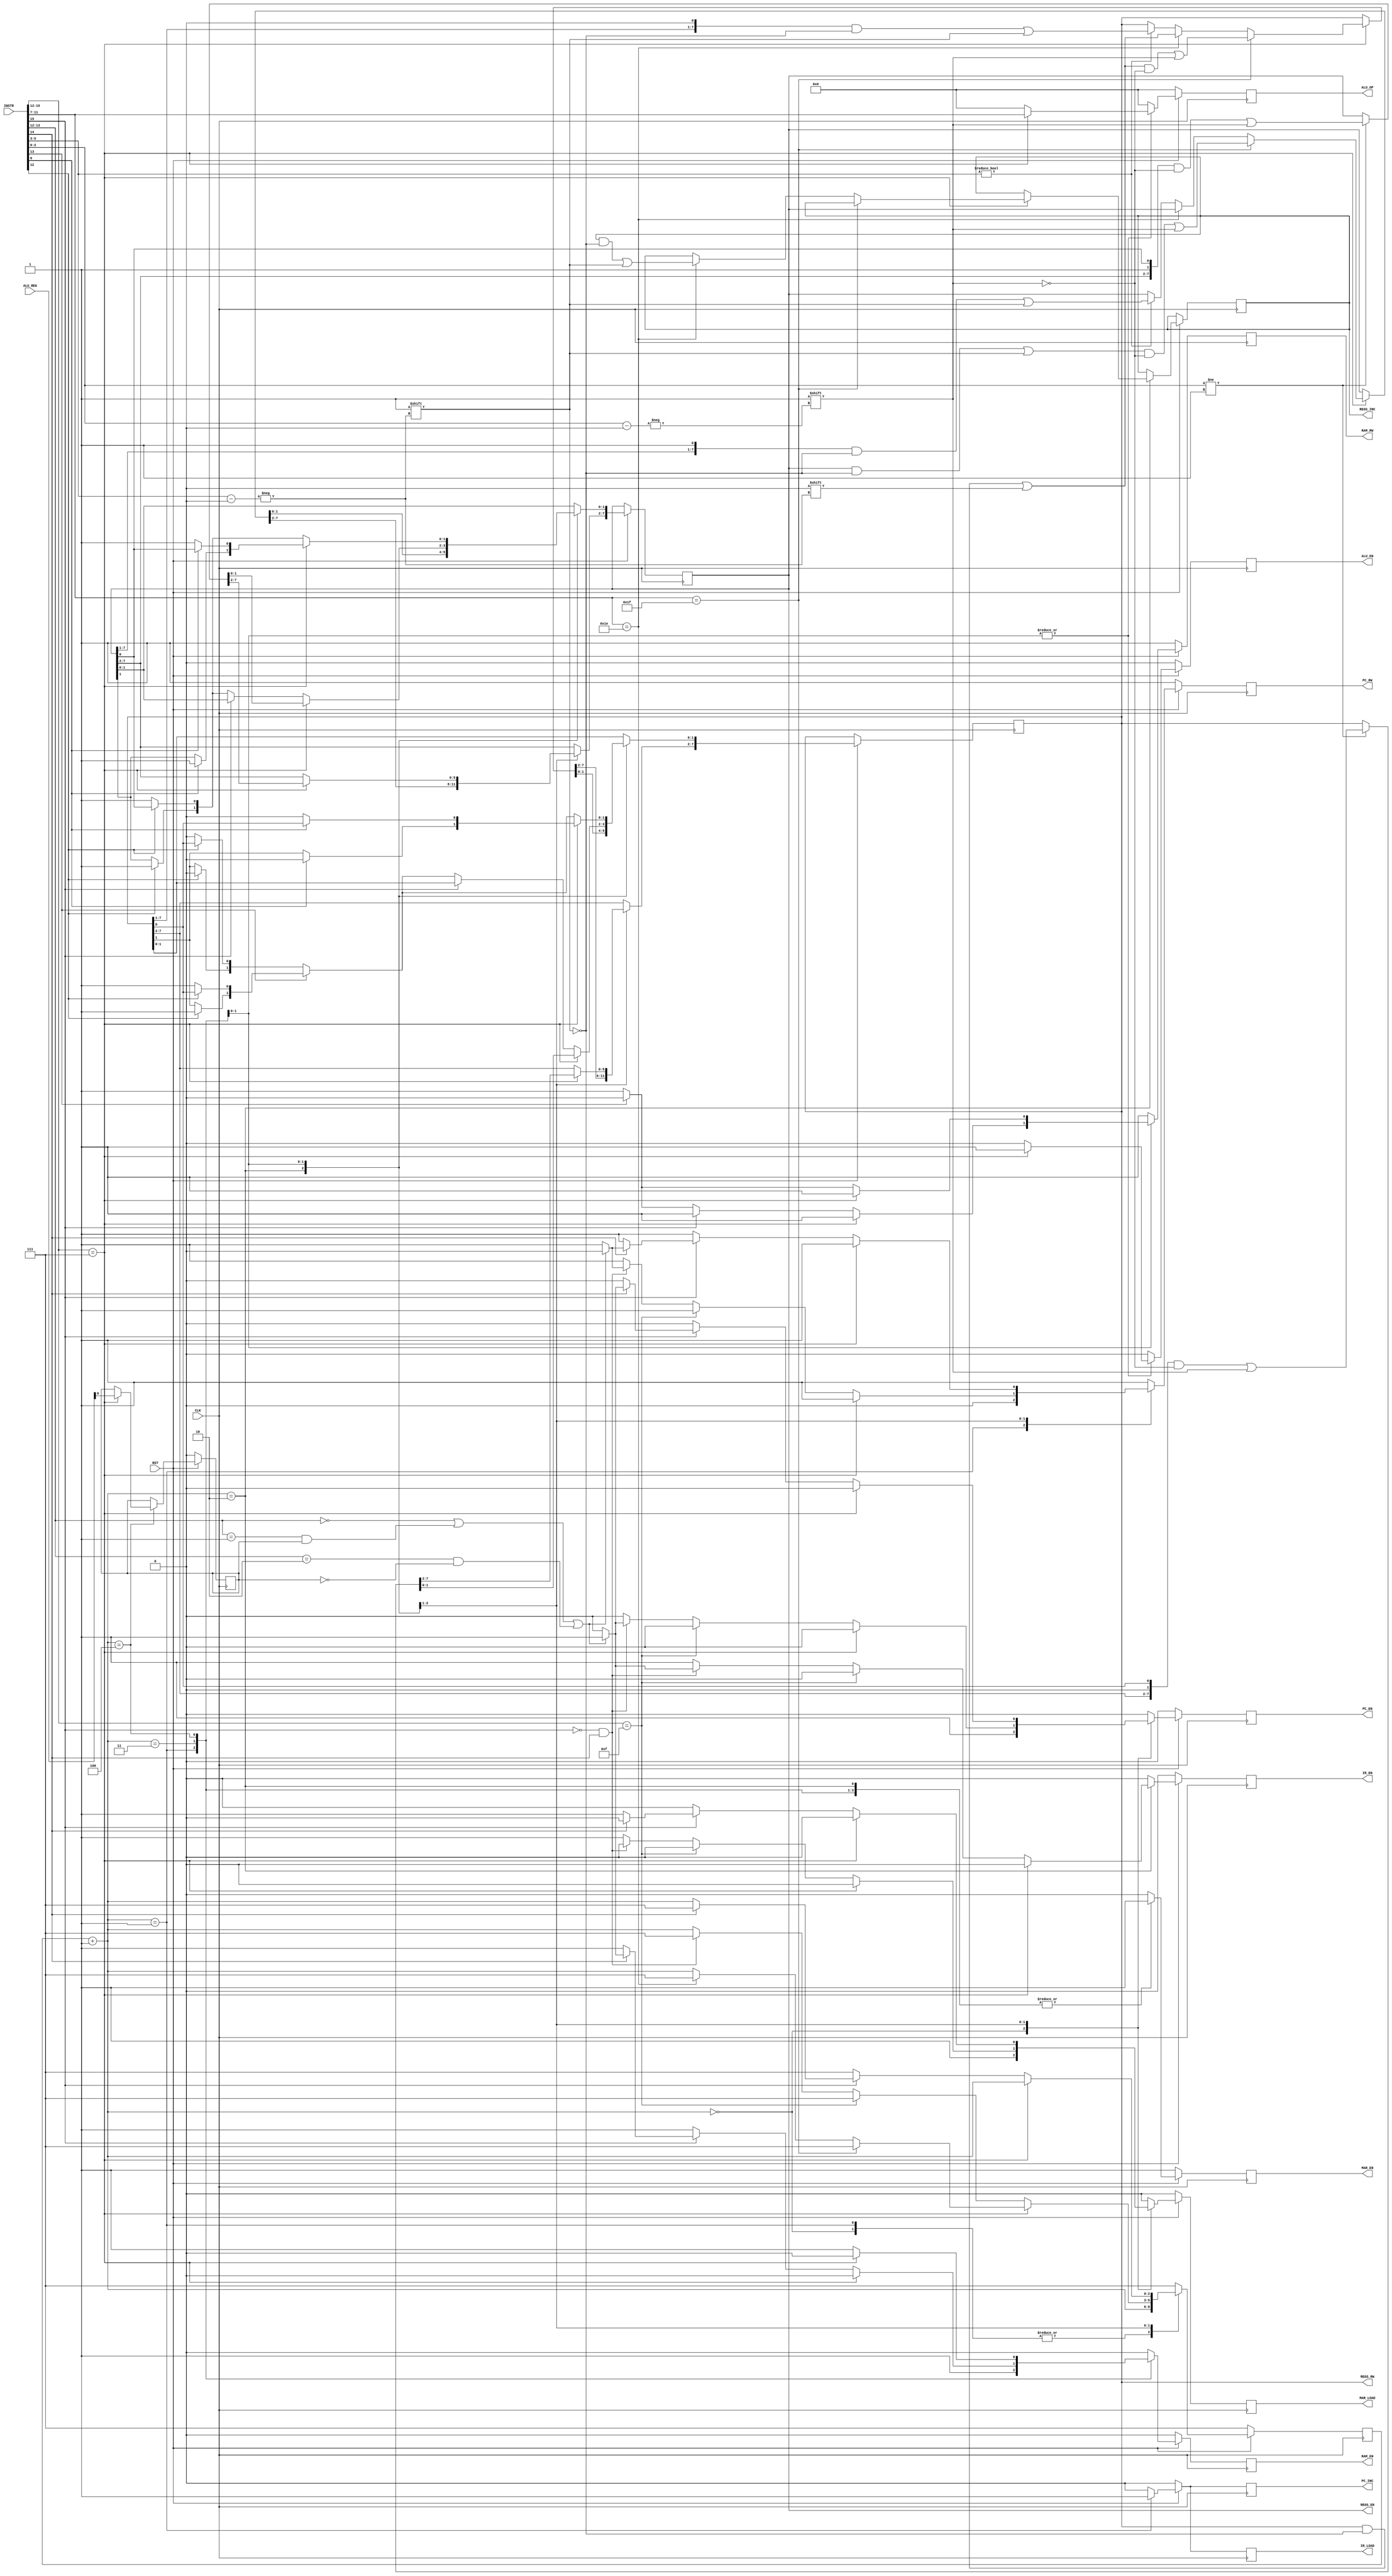
`timescale 1ns/1ns

// to standardize the registers,
//if the bus is 2 wide, it's r/w, then en
//if three, it's inc, then  r/w, then en

module BatAmateurController(
	input wire CLK, RST,
	input wire [7:0] ALU_REG,
	input wire [15:0] INSTR,

	output reg PC_INC,
	output reg PC_RW,
	output reg PC_EN,

	output reg MAR_LOAD,
	output reg MAR_EN,

	output reg RAM_RW,
	output reg RAM_EN,
	
	output reg IR_LOAD,
	output reg IR_EN,

	//A, B, 3, 4, 5, 6, 7, OUT (from small to big)
	output reg [7:0] REGS_INC,
	output reg [7:0] REGS_RW,
	output reg [7:0] REGS_EN,

	output reg ALU_EN,
	output reg [4:0] ALU_OP
);

reg [2:0] uOP;
reg ZERO_FLAG;
reg C_OUT;

always @(negedge CLK) //negedge to avoid causing race conditions
begin
	//increment the uOP
	//reset state for uOP is 3, then
	uOP = uOP + 4'd1;
	//we also need to clear all of the output controls
	//to definitively avoid crosstalk
	PC_INC = 1'b0;
	PC_RW = 1'b1;
	PC_EN = 1'b0;

	MAR_LOAD = 1'b0;
	MAR_EN = 1'b1;

	RAM_RW = 1'b1;
	RAM_EN = 1'b0;

	IR_LOAD = 1'b0;
	IR_EN = 1'b0;

	REGS_INC = 8'h00;
	REGS_RW = 8'hFF;
	REGS_EN = 8'h00;

	ALU_EN = 0;
	ALU_OP = 0;
	
	if(RST == 1'b0)
	begin
		uOP = 3'b111;
    ZERO_FLAG = 1'b0;
    C_OUT = 1'b0;
	end
	else
	begin
	//now we configure the signals correctly
	case(uOP)
	
  0: //initial retrieval
  begin
    $display("uOP 0: fetch");
    PC_INC <= 1'b0;
    PC_RW  <= 1'b1;
    PC_EN  <= 1'b1;

    MAR_LOAD <= 1'b1;
  end

  1: //load from memory into IR, incriement PC
  begin
    $display("uOP 1: decode");
    PC_INC <= 1'b1;
    PC_RW <= 1'b0;
    PC_EN <= 1'b0;

    RAM_RW <= 1'b1;
    RAM_EN <= 1'b1;

    IR_LOAD <= 1'b1;
  end

  2: //and he, upon, look'd his creation,
      //wept, for it was to be ugly and dumb
      //yet, he worked on, as if to be unfazed
      //he'd finish if it cost him ARM and THUMB
      // Register instructions 
  begin
    $display("uOP 2: execute");
    if(INSTR[15:12] == 4'b0111)
    begin
      $display("register instruction");
      //this is the pit of ALU
      //tread lightly, and with a big 
      
      //check MOV
      if(INSTR[11:7] == 5'b11111)
      begin
        $display("MOV instruction");
        //r1 enable
        REGS_EN[INSTR[5:3]] <= 1'b1;
        REGS_RW[INSTR[5:3]] <= 1'b0;
        //r2 enable and read out
        REGS_EN[INSTR[2:0]] <= 1'b1;
        REGS_RW[INSTR[2:0]] <= 1'b1;
        //reset
        uOP <= 3'b111;
      end
      //check inc
      else if(INSTR[11:7] == 5'b11110)
      begin
        $display("INC instruction");
        //r1 inc and read out (no enable)
        REGS_INC[INSTR[5:3]] <= 1'b1;
        REGS_RW[INSTR[5:3]] <= 1'b0;
        //reset
        uOP <= 3'b111;
      end
      else
      begin
        $display("ALU instruction");
        // move from op1 to register A if op1 is not register A
        if (INSTR[5:3] != 3'h0) begin
          $display("move op1 to A");
          REGS_EN[0] <= 1'b1;
          REGS_RW[0] <= 1'b0; // write reg A
          REGS_EN[INSTR[5:3]] <= 1'b1;
          REGS_RW[INSTR[5:3]] <= 1'b1; // read op1
        end
        // otherwise do nothing
      end
    end
    else if (INSTR[15:12] == 4'b1111)
    begin
      // NOP instruction
      uOP <= 3'b111;
      $display("NOP instruction");
    end
    else
    begin
      //this is the memory den
      //oh no.
      // direct jump instruction
      if(INSTR[15] == 1'b0 && INSTR[14]==1'b1) 
      begin
        $display("JMP instruction");
        //00 is uncond, 01 is z = 1, 10 is z = 0, 11 is unregistered
        //i guess 11 is unconditional unjump lmao
        if ( 
          (INSTR[13:12] == 2'd0) || // branch unconditional
          (INSTR[13:12] == 2'd1 && ZERO_FLAG == 1'b1) || // branch if zero
          (INSTR[13:12] == 2'd2 && ZERO_FLAG == 1'b0) // branch if one
        ) 
        begin
          // move the location (stored in the instruction register) 
          // to the program counter
          IR_EN <= 1'b1;
          IR_LOAD <= 1'b0; 
          PC_INC <= 1'b0;
          PC_EN <= 1'b1;
          PC_RW <= 1'b0; // write
        end 
        uOP <= 3'b111;
      end
      else begin
        $display("STORE or LOAD instruction");
        // write addr to mar 
        // we can use it for direct or indirect addressing
        IR_LOAD <= 1'b0;
        IR_EN <= 1'b1;
        MAR_LOAD <= 1'b1;
      end
    end
  end
  3:
  begin
    $display("uOP 3: execute");
    if(INSTR[15:12] == 4'b0111)
    begin
      $display("ALU instruction");
      // move from op2 to register B if op2 is not register B
      if (INSTR[2:0] != 3'h1) 
      begin
        $display("move op2 to B");
        REGS_EN[1] <= 1'b1;
        REGS_RW[1] <= 1'b0; // write reg A
        REGS_EN[INSTR[2:0]] <= 1'b1;
        REGS_RW[INSTR[2:0]] <= 1'b1; // read op1
      end
      // otherwise do nothing
      ALU_EN <= 1'b1;
      ALU_OP <= INSTR[11:7];

    // Memory instructions
    end 
    else 
    begin
      // check for indirect instructions
      if (INSTR[15] == 1'b1) begin
        //indirect JMP set of instructions
        if(INSTR[14]==1'b1) 
        begin
          $display("JMP instruction");
          //00 is uncond, 01 is z = 1, 10 is z = 0, 11 is unregistered
          //i guess 11 is unconditional unjump lmao
          if ( 
            (INSTR[13:12] == 2'd0) || // branch unconditional
            (INSTR[13:12] == 2'd1 && ZERO_FLAG == 1'b1) || // branch if zero
            (INSTR[13:12] == 2'd2 && ZERO_FLAG == 1'b0) // branch if one
          ) 
          begin
            // move the location (stored in the RAM) 
            // to the program counter
            RAM_EN <= 1'b1;
            RAM_RW <= 1'b1; // read
            PC_INC <= 1'b0;
            PC_EN <= 1'b1;
            PC_RW <= 1'b0; // write

          end 
          uOP <= 3'b111;
        end
        else begin
          // move the data from the memory back to MAR
          MAR_LOAD <= 1'b1;
          RAM_EN <= 1'b1;
          RAM_RW <= 1'b1; //read
        end
      end
      // store instruction
      else if (INSTR[13] == 1'b1)
      begin
        $display("STORE instruction");
        // store A
        if (INSTR[12] == 1'b0) begin
          REGS_EN[0] <= 1'b1;
          REGS_RW[0] <= 1'b1; //read
        end
        // store B
        else begin
          REGS_EN[1] <= 1'b1;
          REGS_RW[1] <= 1'b1; //read
        end

        RAM_EN <= 1'b1;
        RAM_RW <= 1'b0; // write
        uOP <= 3'b111;
      end
      // load instruction
      else 
      begin
        $display("LOAD instruction");
        // load A
        if (INSTR[12] == 1'b0) begin
          REGS_EN[0] <= 1'b1;
          REGS_RW[0] <= 1'b0; // write
        end
        // load B
        else begin
          REGS_EN[1] <= 1'b1;
          REGS_RW[1] <= 1'b0; // write
        end

        RAM_EN <= 1'b1;
        RAM_RW <= 1'b1; // read 
        uOP <= 3'b111;
      end
    end
  end
  4:
  begin
    $display("uOP 3: execute");
    // register operation
    if(INSTR[15:12] == 4'b0111)
    begin
      ALU_EN <= 1'b1;
      ALU_OP <= INSTR[11:7];
      ZERO_FLAG <= ALU_REG[0];
      C_OUT <= ALU_REG[1];
      // select what accumulator to write to
      if (INSTR[6]) begin
        REGS_EN[1] <= 1'b1;
        REGS_RW[1] <= 1'b0; //write
      end else begin
        REGS_EN[0] <= 1'b1;
        REGS_RW[0] <= 1'b0; //write
      end
      uOP <= 3'b111;
    end
    // memory operation
    else
    begin
      // store instruction
      if (INSTR[13] == 1'b1)
      begin
        // store A
        if (INSTR[12] == 1'b0) begin
          REGS_EN[0] <= 1'b1;
          REGS_RW[0] <= 1'b1; //read
        end
        // store B
        else begin
          REGS_EN[1] <= 1'b1;
          REGS_RW[1] <= 1'b1; //read
        end

        RAM_EN <= 1'b1;
        RAM_RW <= 1'b0; // write
        uOP <= 3'b111;
      end
      // load instruction
      else 
      begin
        // load A
        if (INSTR[12] == 1'b0) begin
          REGS_EN[0] <= 1'b1;
          REGS_RW[0] <= 1'b0; // write
        end
        // load B
        else begin
          REGS_EN[1] <= 1'b1;
          REGS_RW[1] <= 1'b0; // write
        end

        RAM_EN <= 1'b1;
        RAM_RW <= 1'b1; // read 
        uOP <= 3'b111;
      end
    end
  end
  default:
  begin
    uOP <= 3'b111; //woops, missed one somewhere.
    MAR_EN <= 1'b0;
  end
	endcase
	end
end

endmodule